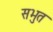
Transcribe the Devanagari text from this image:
सभुत